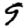
Digit: 9